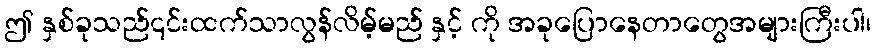
ဤ နှစ်ခုသည်၎င်းထက်သာလွန်လိမ့်မည် နှင့် ကို အခုပြောနေတာတွေအများကြီးပါ၊